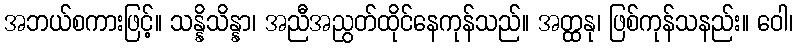
အဘယ်စကားဖြင့်။ သန္နိသိန္နာ၊ အညီအညွတ်ထိုင်နေကုန်သည်။ အတ္ထနု၊ ဖြစ်ကုန်သနည်း။ ဝေါ၊